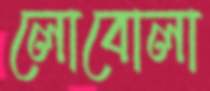
লোবোলা